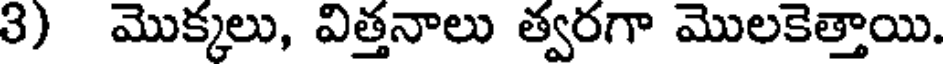
3) మొక్కలు, విత్తనాలు త్వరగా మొలకెత్తాయి.